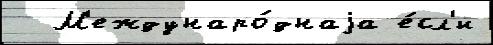
  М'еждунаро́днаjа е́сл'и